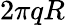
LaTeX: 2\pi qR